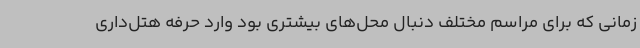
زمانی که برای مراسم مختلف دنبال محل‌های بیشتری بود وارد حرفه هتل‌داری